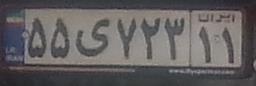
۵۵ی۷۲۳۱۱